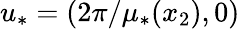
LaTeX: u_{*}=(2\pi/\mu_{*}(x_{2}),0)